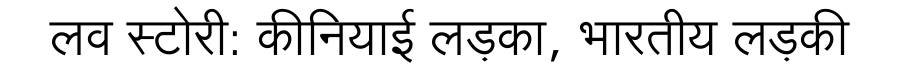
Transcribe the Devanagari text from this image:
लव स्टोरी: कीनियाई लड़का, भारतीय लड़की